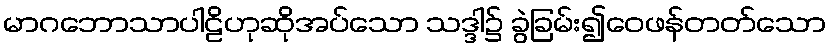
မာဂဘောသာပါဠိဟုဆိုအပ်သော သဒ္ဒါ၌ ခွဲခြမ်း၍ဝေဖန်တတ်သော